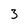
Character: 3